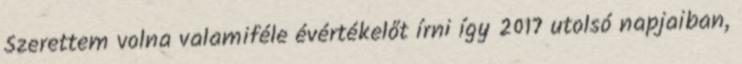
Szerettem volna valamiféle évértékelőt írni így 2017 utolsó napjaiban,